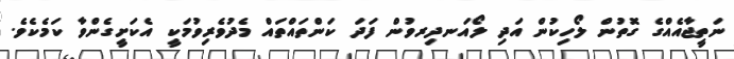
ނަތީޖާއެއްގެ ގޮތުން ލޯހިކުން އަދި ލޯއަނދިިރވުން ފަދަ ކަންތައްތައް މެދުވެރިވުމަކީ އެކަށީގެންވާ ކަމެކެވެ.